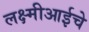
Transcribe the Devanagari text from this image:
लक्ष्मीआईचे